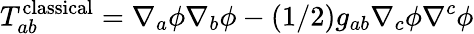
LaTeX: T_{ab}^{\mathrm{classical}}=\nabla_{a}\phi\nabla_{b}\phi-(1/2)g_{ab}\nabla_{c}\phi\nabla^{c}\phi